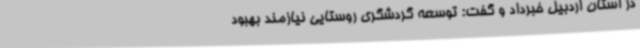
در استان اردبیل خبرداد و گفت: توسعه گردشگری روستایی نیازمند بهبود